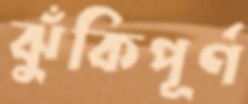
ঝুঁকিপূর্ণ